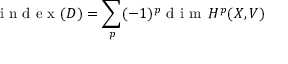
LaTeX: { \textrm { i n d e x } } ( D ) = \sum _ { p } ( - 1 ) ^ { p } { \textrm { d i m } } \, H ^ { p } ( X , V )